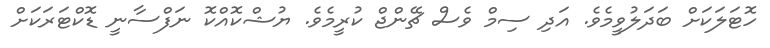
ހޮޓަލަކަށް ބަދަލުވީމެވެ. އަދި ސިމް ވެސް ޗޭންޖް ކުރީމެވެ. ޔުޝްކޮއްކޮ ނަފްސާނީ ޑޮކްޓަރަކަށް